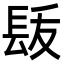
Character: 𨱩